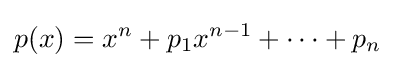
p(x)=x^{n}+p_{1}x^{n-1}+\cdots +p_{n}